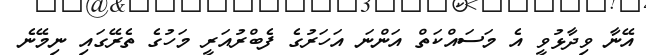
އޭނާ ވިދާޅުވީ އެ މަސައްކަތް އަންނަ އަހަރުގެ ފެބްރުއަރީ މަހުގެ ތެރޭގައި ނިމޭނެ